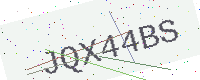
Text: JQX44BS